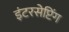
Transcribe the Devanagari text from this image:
इंटरसेप्टिंग